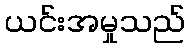
ယင်းအမှုသည်